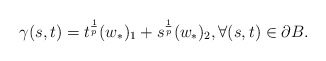
\begin{align*} \gamma(s,t)= t^{\frac{1}{p}}(w_*)_1+s^{\frac{1}{p}}(w_*)_2, \forall (s,t) \in \partial B.\end{align*}